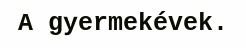
A gyermekévek.